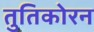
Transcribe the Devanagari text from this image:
तुतिकोरन